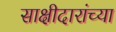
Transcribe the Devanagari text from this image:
साक्षीदारांच्या